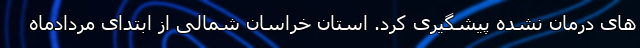
های درمان نشده پیشگیری کرد. استان خراسان شمالی از ابتدای مردادماه